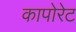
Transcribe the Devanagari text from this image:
कापोरेट